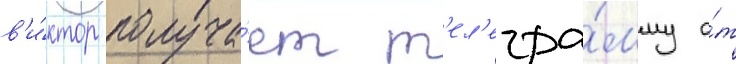
в'и́ктор получа́ет т'ел'егра́мму о́т